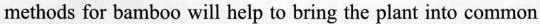
methods for bamboo will help to bring the plant into common